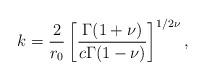
LaTeX: \begin{align*}k=\frac{2}{r_{0}}\left[ \frac{\Gamma(1+\nu)}{c\Gamma(1-\nu)}\right]^{1/2\nu}, \end{align*}